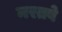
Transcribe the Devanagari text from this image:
मरतबे